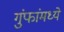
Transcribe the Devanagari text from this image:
गुंफांमध्ये